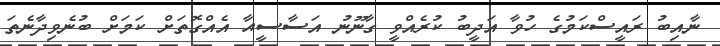
ނާއިބު ރައީސްކަމުގެ ހުވާ އަދީބު ކުރެއްވީ ގާނޫނު އަސާސީއާ އެއްގޮތަށް ކަމަށް ބުނެވިދާނެތަ